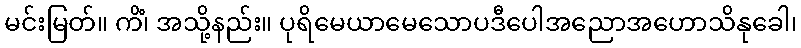
မင်းမြတ်။ ကိံ၊ အသို့နည်း။ ပုရိမေယာမေသောပဒီပေါအညောအဟောသိနုခေါ၊